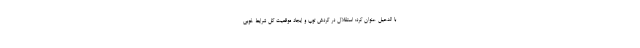
با الدحیل عنوان کرد: استقلال در گردش توپ و ایجاد موقعیت گل شرایط خوبی